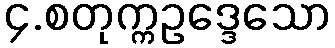
၄.စတုက္ကဥဒ္ဒေသော